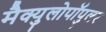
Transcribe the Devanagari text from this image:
मैक्युलोपॉपुलर